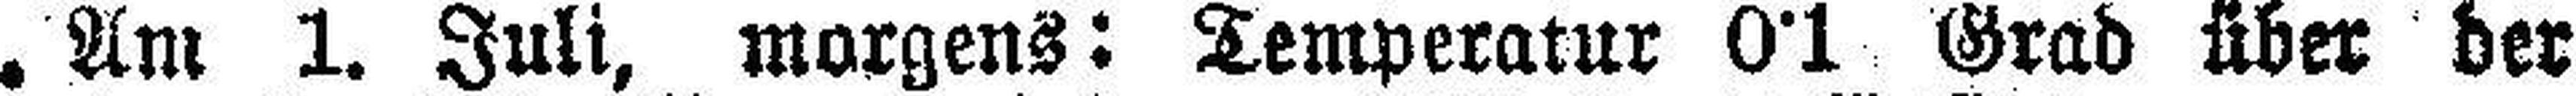
Am 1. Juli, morgens: Temperatur 0°1 Grad über der